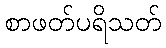
စာဖတ်ပရိသတ်